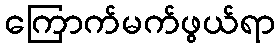
ကြောက်မက်ဖွယ်ရာ